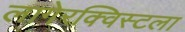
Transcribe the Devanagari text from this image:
लागेरक्विस्टला